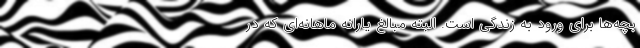
بچه‌ها برای ورود به زندگی است. البته مبالغ یارانه ماهانه‌ای که در